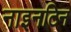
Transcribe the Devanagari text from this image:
नाइनटिन